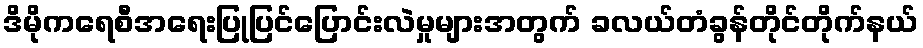
ဒိမိုကရေစီအရေးပြုပြင်ပြောင်းလဲမှုများအတွက် ခလယ်တံခွန်တိုင်တိုက်နယ်